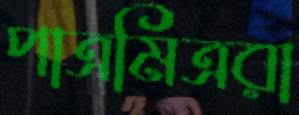
পাত্রমিত্ররা